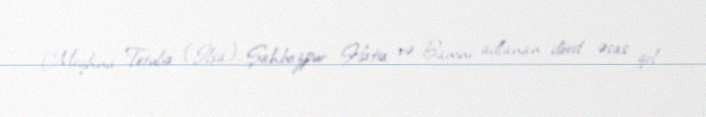
Meqhna Tetulia (İlşa), Şahbazpur, Hatia və Bamni adlanan dörd əsas qol